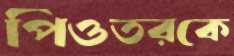
পিওতরকে